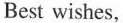
Best wishes，